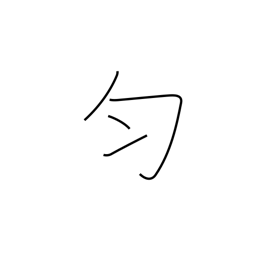
Meaning: equal